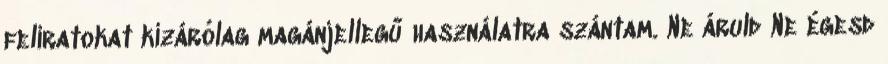
feliratokat kizárólag magánjellegű használatra szántam. Ne áruld Ne égesd